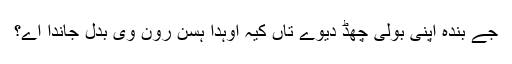
جے بندہ اپنی بولی چھڈ دیوے تاں کیہ اوہدا ہسن رون وی بدل جاندا اے؟